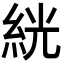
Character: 絖